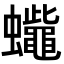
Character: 𧕓